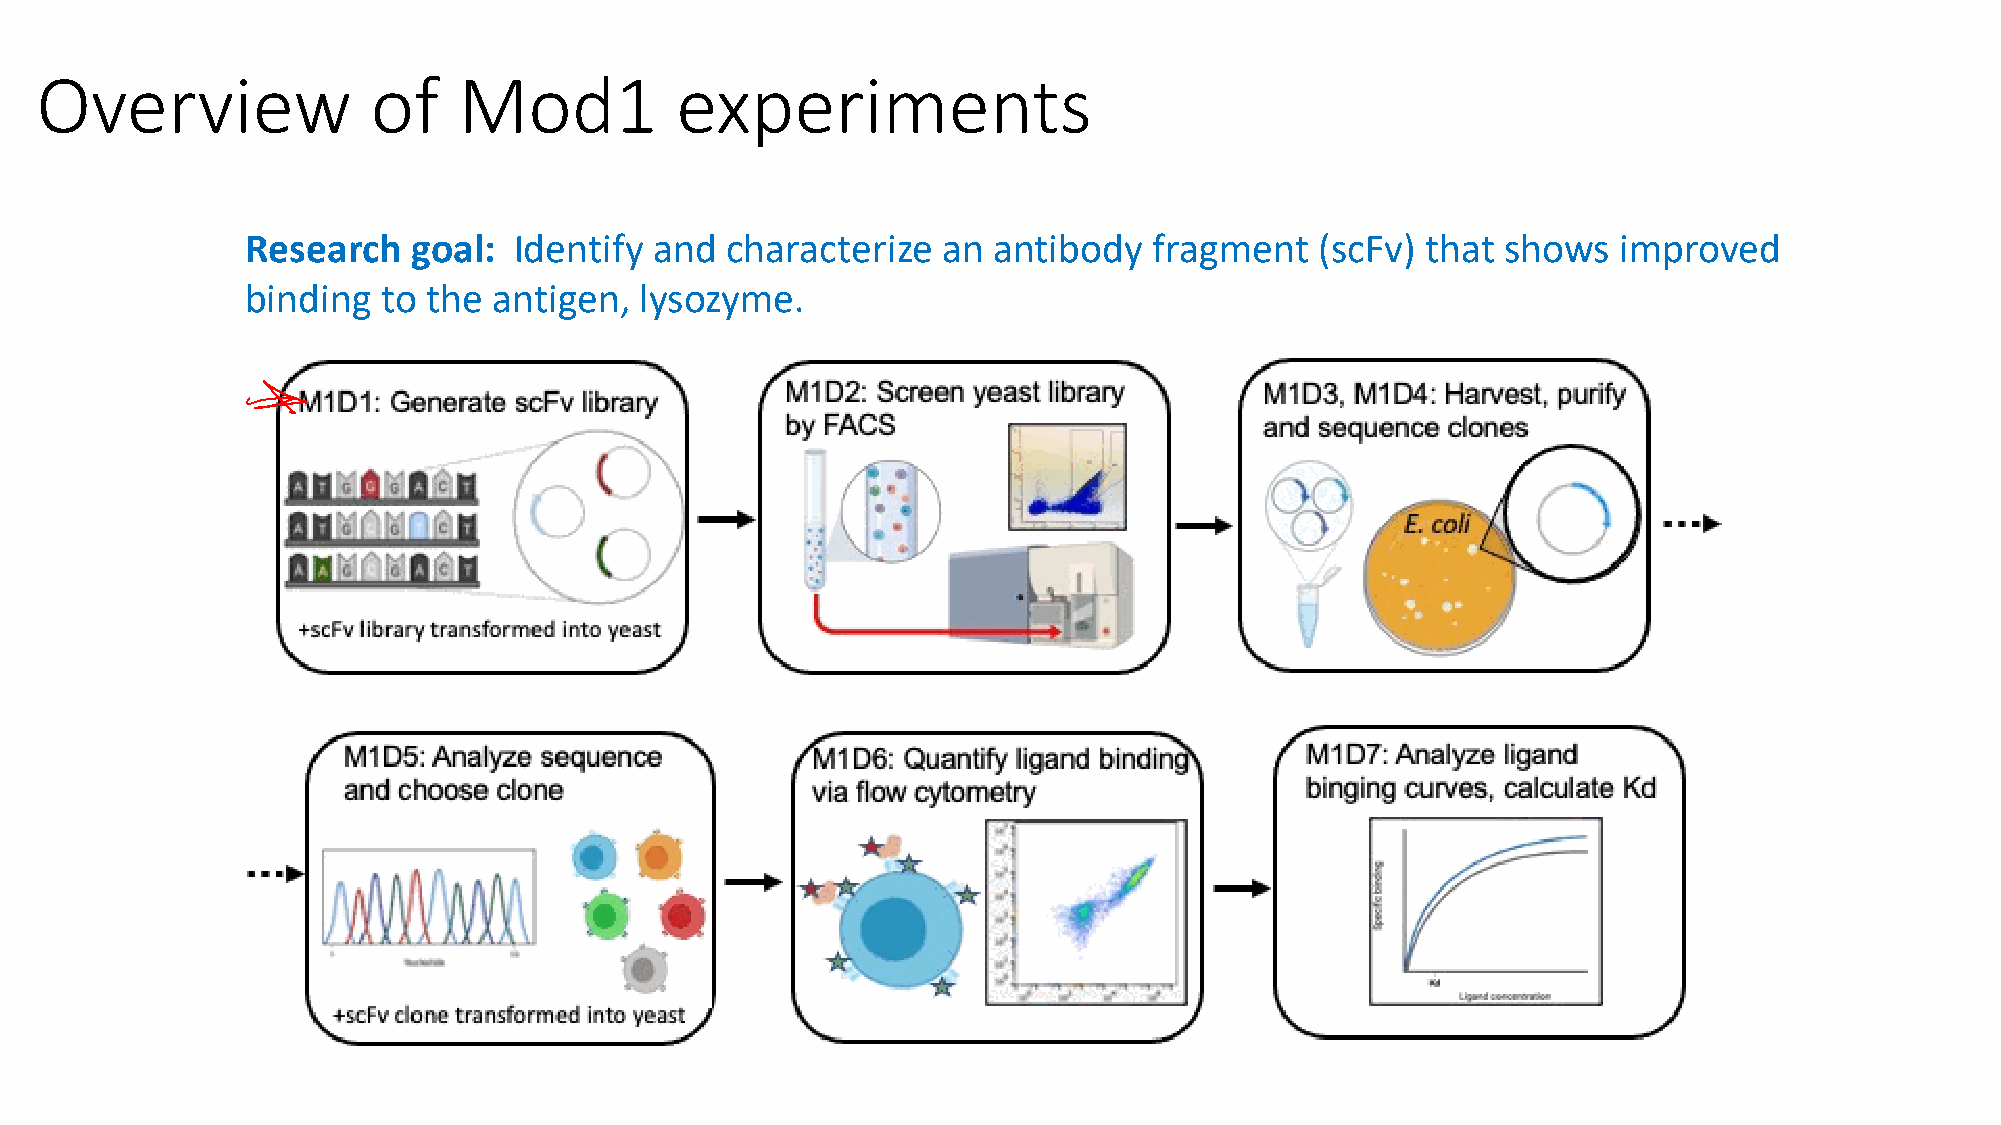
Overview               of   Mod1           experiments
 Research   goal:  Identify and  characterize  an  antibody  fragment   (scFv) that  shows  improved
 binding  to the  antigen, lysozyme.